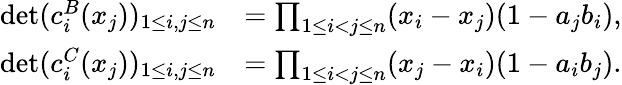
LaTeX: \begin{array}{rl}{\operatorname*{det}(c_{i}^{B}(x_{j}))_{1\leq i,j\leq n}}&{=\prod_{1\leq i<j\leq n}(x_{i}-x_{j})(1-a_{j}b_{i}),}\\ {\operatorname*{det}(c_{i}^{C}(x_{j}))_{1\leq i,j\leq n}}&{=\prod_{1\leq i<j\leq n}(x_{j}-x_{i})(1-a_{i}b_{j}).}\end{array}